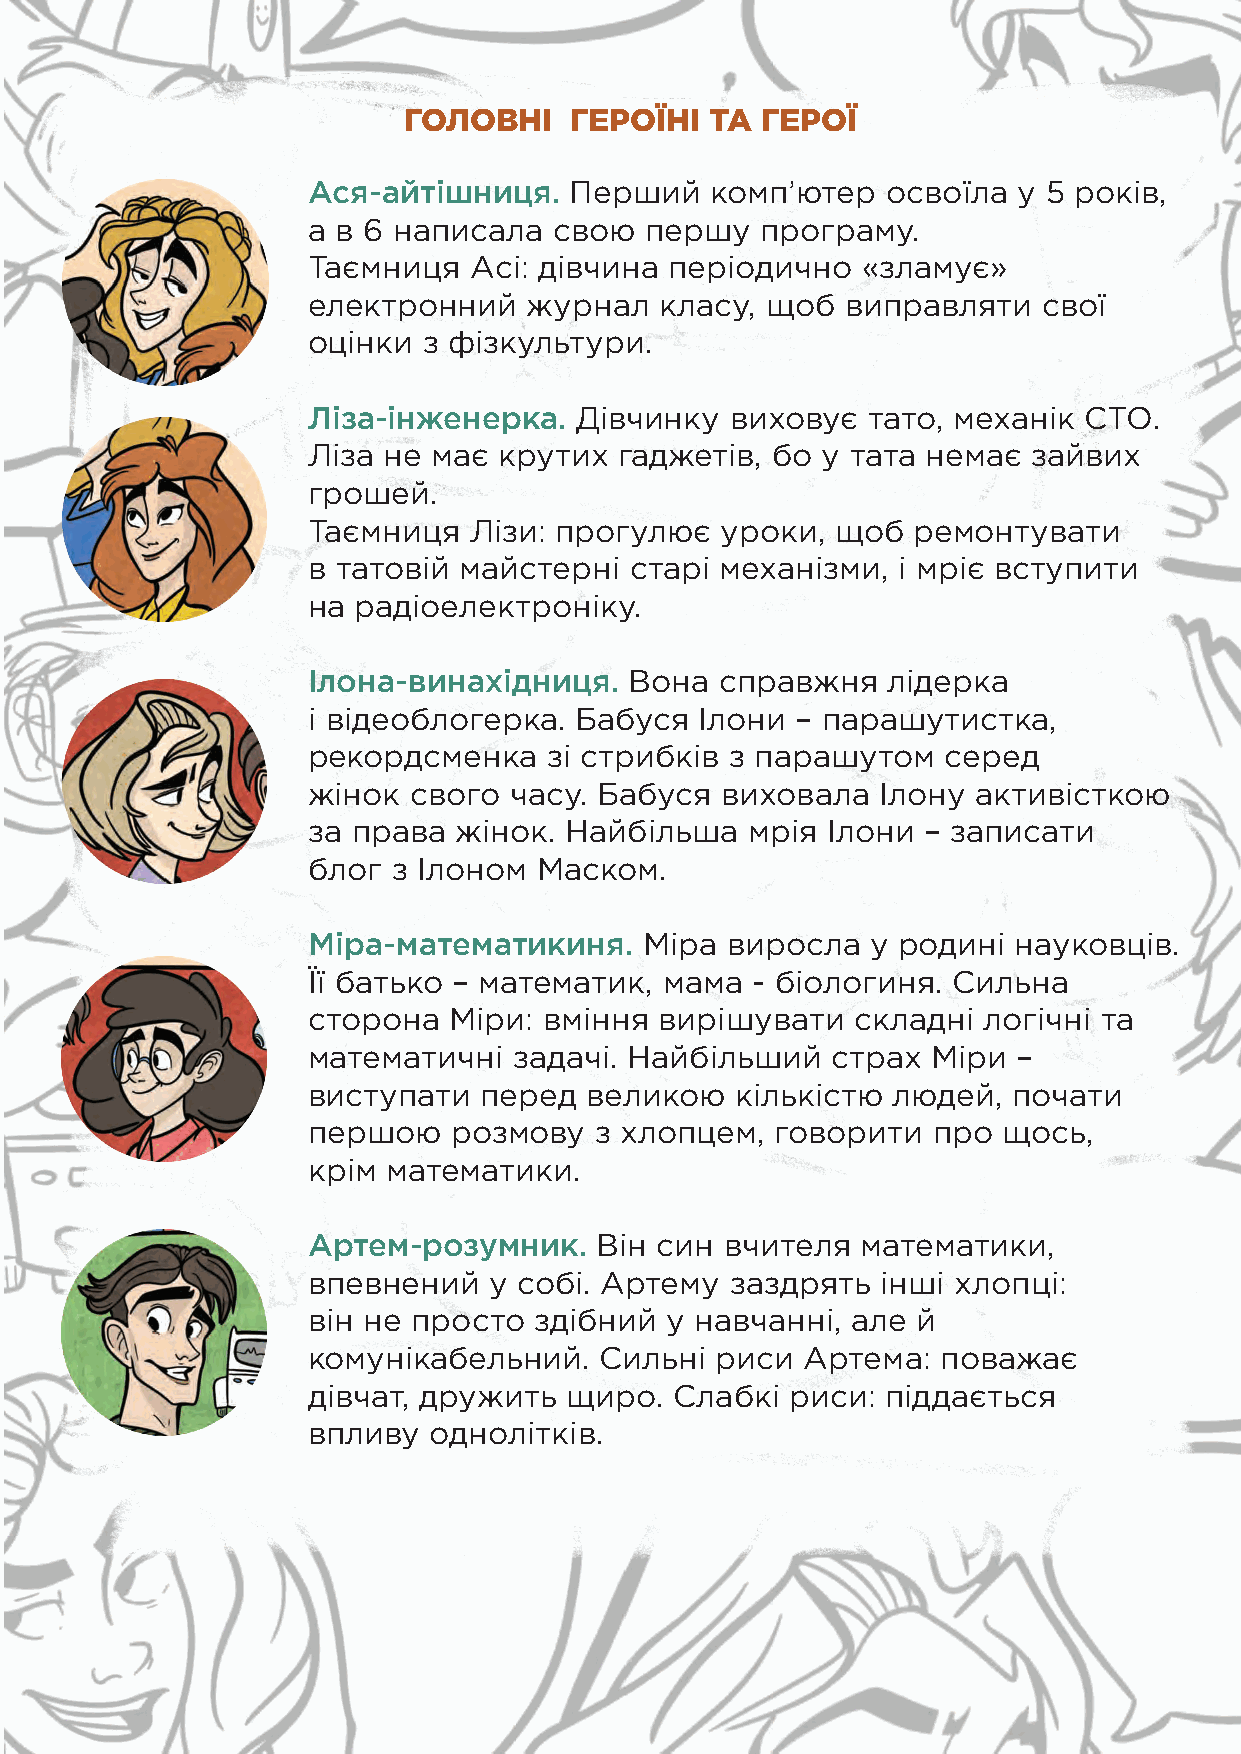
ГОЛОВНІ    ГЕРОЇНІ  ТА ГЕРОЇ
 Ася-айтішниця.    Перший   комп’ютер   освоїла у 5 років,
 а в 6 написала   свою  першу  програму.
 Таємниця   Асі: дівчина періодично   «зламує»
 електронний    журнал   класу, щоб  виправляти   свої
 оцінки  з фізкультури.
 Ліза-інженерка.   Дівчинку  виховує  тато, механік  СТО.
 Ліза не  має крутих  гаджетів, бо у тата немає  зайвих
 грошей.
 Таємниця   Лізи: прогулює   уроки, щоб  ремонтувати
 в татовій майстерні   старі механізми, і мріє вступити
 на радіоелектроніку.
 Ілона-винахідниця.    Вона  справжня   лідерка
 і відеоблогерка.  Бабуся  Ілони  – парашутистка,
 рекордсменка    зі стрибків з парашутом    серед
 жінок  свого  часу. Бабуся  виховала  Ілону  активісткою
 за права  жінок. Найбільша   мрія  Ілони – записати
 блог  з Ілоном  Маском.
 Міра-математикиня.     Міра виросла   у родині науковців.
 Її батько – математик,  мама  - біологиня. Сильна
 сторона   Міри: вміння  вирішувати   складні логічні та
 математичні   задачі. Найбільший   страх  Міри –
 виступати   перед  великою   кількістю людей,  почати
 першою    розмову  з хлопцем,  говорити   про щось,
 крім  математики.
 Артем-розумник.     Він син вчителя  математики,
 впевнений   у собі. Артему  заздрять  інші хлопці:
 він не просто  здібний  у навчанні, але  й
 комунікабельний.    Сильні риси  Артема:  поважає
 дівчат, дружить  щиро.   Слабкі риси:  піддається
 впливу  однолітків.